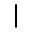
|